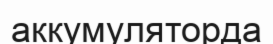
аккумуляторда